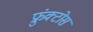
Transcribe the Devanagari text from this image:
फ्रुंक्टोस